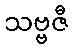
သဗ္ဗဇီ